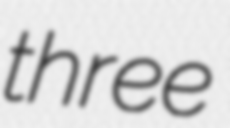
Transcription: three